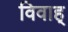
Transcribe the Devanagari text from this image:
विवाह्